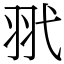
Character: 𦏵